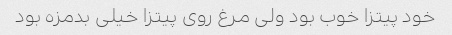
خود پیتزا خوب بود ولی مرغ روی پیتزا خیلی بدمزه بود